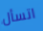
اتسأل